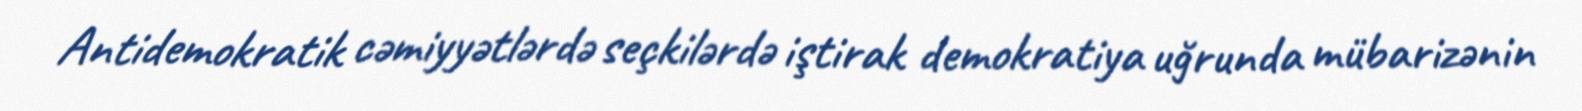
Antidemokratik cəmiyyətlərdə seçkilərdə iştirak demokratiya uğrunda mübarizənin